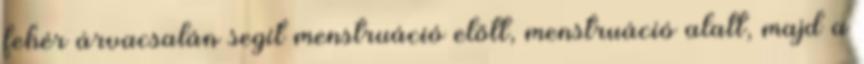
fehér árvacsalán segít menstruáció előtt, menstruáció alatt, majd a